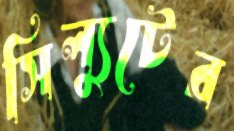
সিল্যুটের